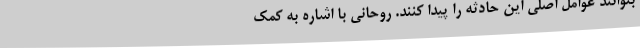
بتوانند عوامل اصلی این حادثه را پیدا کنند. روحانی با اشاره به کمک